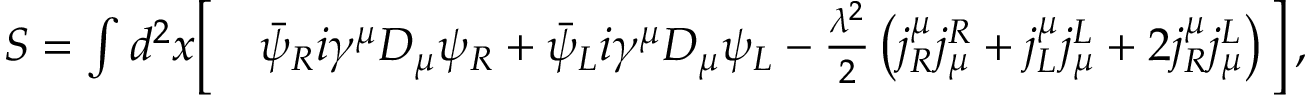
\begin{array} { r l } { S = \int d ^ { 2 } x \bigg [ } & { \bar { \psi } _ { R } i \gamma ^ { \mu } D _ { \mu } \psi _ { R } + \bar { \psi } _ { L } i \gamma ^ { \mu } D _ { \mu } \psi _ { L } - \frac { \lambda ^ { 2 } } { 2 } \left( j _ { R } ^ { \mu } j _ { \mu } ^ { R } + j _ { L } ^ { \mu } j _ { \mu } ^ { L } + 2 j _ { R } ^ { \mu } j _ { \mu } ^ { L } \right) \bigg ] \, , } \end{array}